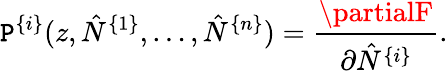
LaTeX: \mathtt{P}^{\{ i\} }(z,\hat{{N}}^{\{ 1\} },\ldots,\hat{{N}}^{\{ n\} })=\frac{{\partialF}}{{\partial\hat{{N}}^{\{ i\} }}}.